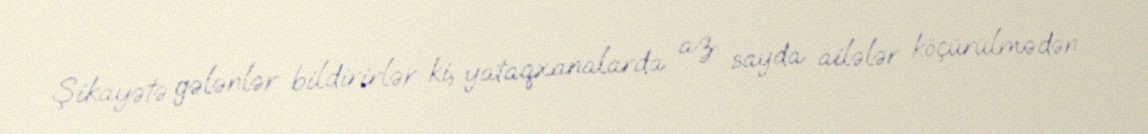
Şikayətə gələnlər bildirirlər ki, yataqxanalarda az sayda ailələr köçürülmədən